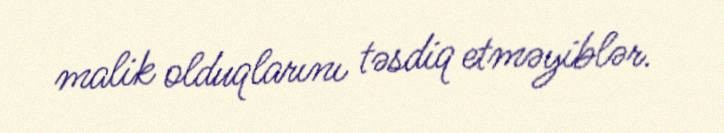
malik olduqlarını təsdiq etməyiblər.